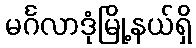
မင်္ဂလာဒုံမြို့နယ်ရှိ